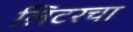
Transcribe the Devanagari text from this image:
लिटरचा